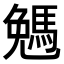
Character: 𠓄